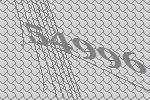
54996